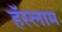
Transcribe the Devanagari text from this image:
हॅस्लाम